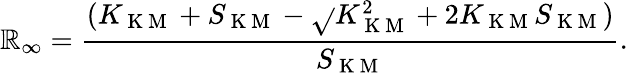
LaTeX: \mathbb{R}_{\infty}=\frac{{(K_{\mathrm{{~K~M~}}}+S_{\mathrm{{~K~M~}}}-\sqrt{}{{K_{\mathrm{{~K~M~}}}^{2}+2K_{\mathrm{{~K~M~}}}S_{\mathrm{{~K~M~}}}}})}}{{S_{\mathrm{{~K~M~}}}}}.